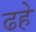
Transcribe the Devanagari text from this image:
ढहे